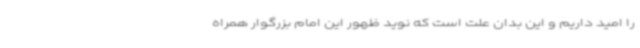
را امید داریم و این بدان علت است که نوید ظهور این امام بزرگوار همراه